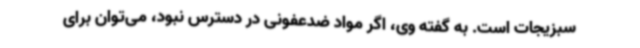
سبزیجات است. به گفته وی، اگر مواد ضدعفونی در دسترس نبود، می‌توان برای